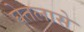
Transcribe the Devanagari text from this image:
घेतलासे